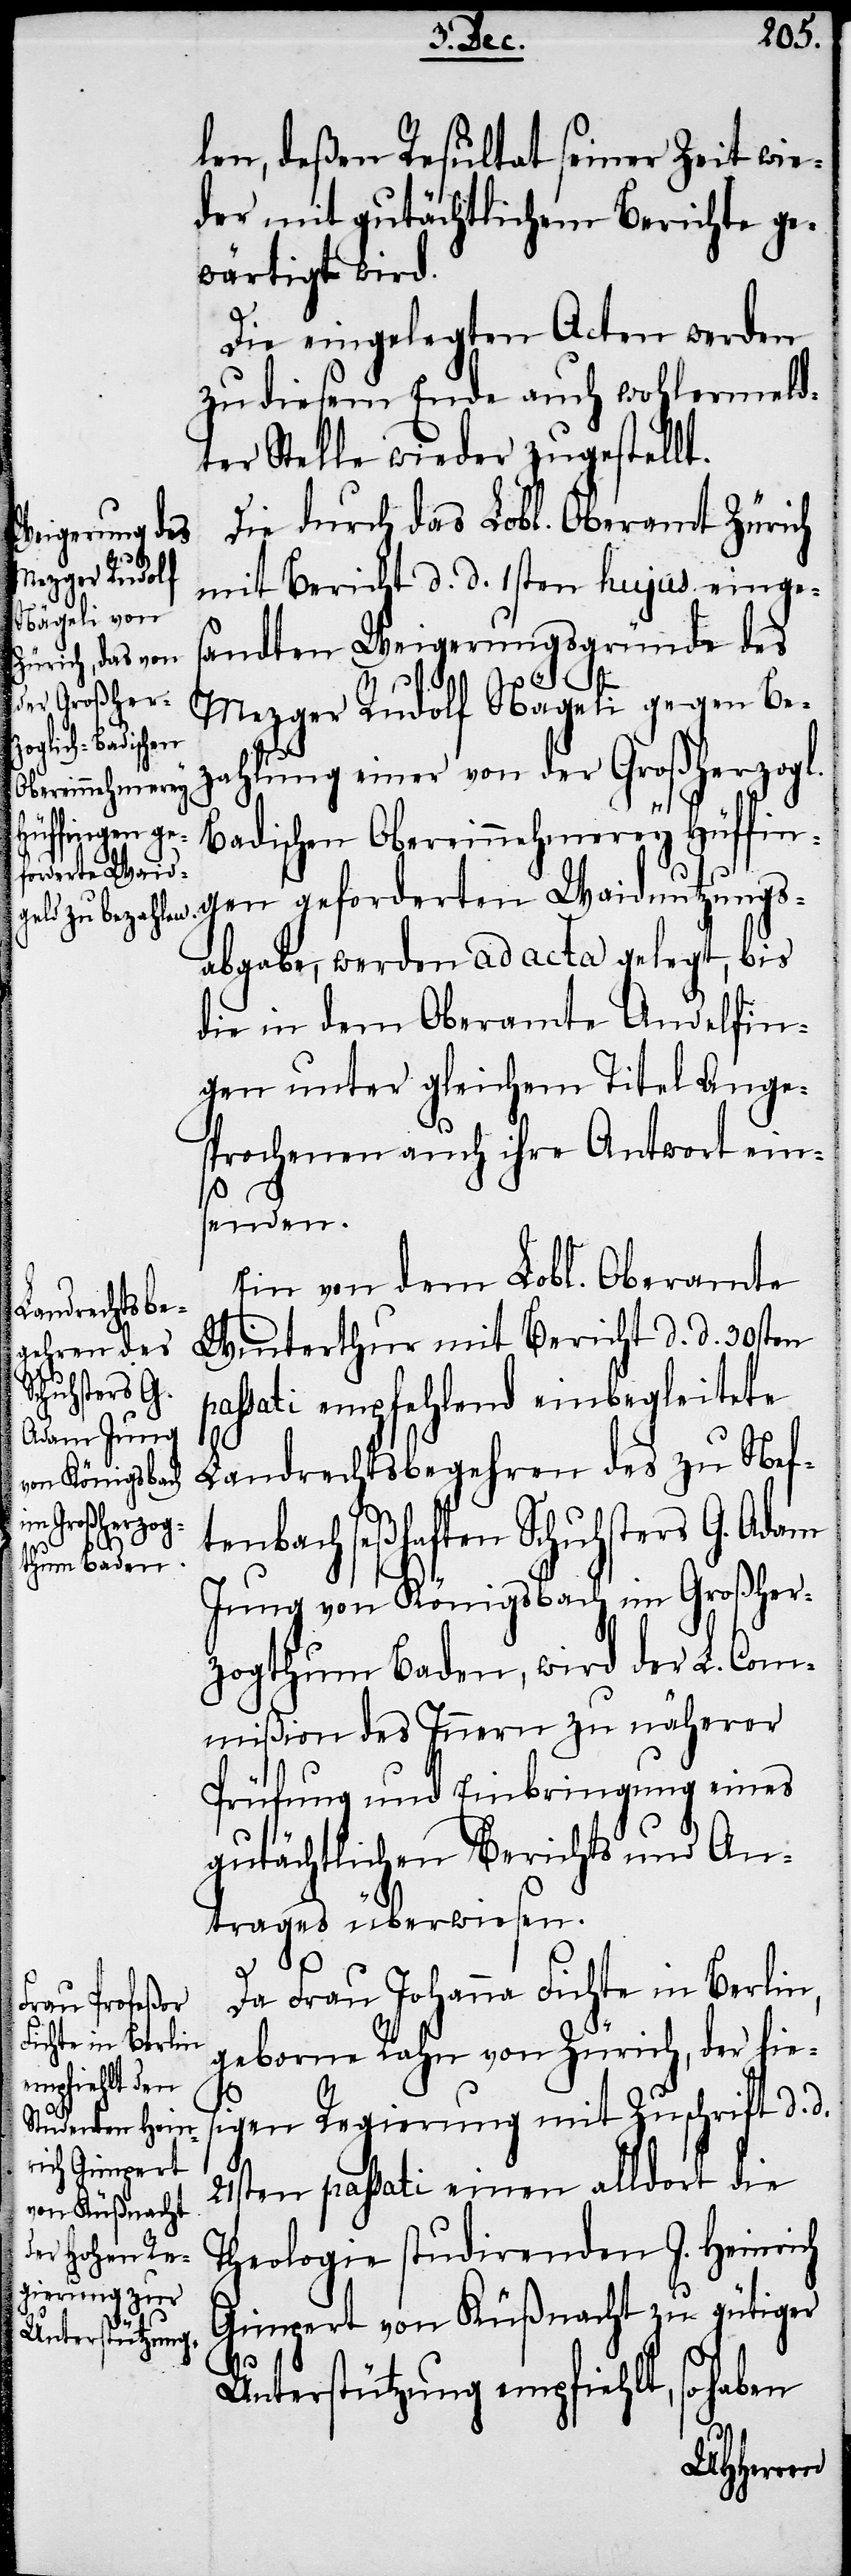
len, deßen Resultat seiner Zeit wie¬
der mit gutächtlichen Berichte ge¬
wärtigt wird.
Die eingelegten Acten werden
zu diesem Ende auch wohlermeld¬
ter Stelle wieder zugestellt.
Die durch das Lobl. Oberamt Zürich
mit Bericht d. d. 1sten hujus einge¬
andten Weigerungsgründe des
so
Mezger Rudolf Nägeli gegen Be¬
zahlung einer von der Großherzogl.
Badischen Obereinnehmerey Hüffin¬
forderten Waidn¬
sabgabe, werden ad acta gelegt, bis
die in dem Oberamte Andelfin¬
gen unter gleichem Titel Ange¬
sprochenen auch ihre Antwort ein¬
senden.
Ein von dem Lobl. Oberamte
Winterthur mit Bericht d. d. 30sten
passati empfehlend einbegleitete
Landrechtsbegehren des zu Nef¬
tenbach seßhaften Schuhsters G. Adam
Jung von Königsbach im Großher¬
zogthum Baden, wird der L. Com¬
mißion des Innern zu näherer
Prüfung und Einbringung eines
gutächtlichen Berichts und An¬
trages überwiesen.
Da Frau Johanna Fichte in Berlin,
geborne Rahn von Zürich, der hies¬
igen Regierung mit Zuschrift d. d.
21sten passati einen alldort die
Theologie studirenden J. Heinrich
Gimpert von Küßnacht zu gütiger
haben
Unterstützung empfiehlt,